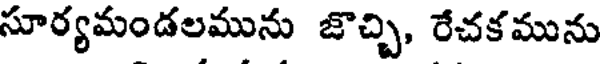
సూర్యమండలమును జొచ్చి, రేచకమును